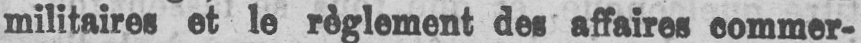
militaires et le règlement des affaires commer-